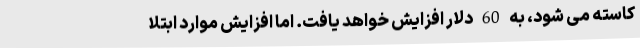
کاسته می شود، به 60 دلار افزایش خواهد یافت. اما افزایش موارد ابتلا